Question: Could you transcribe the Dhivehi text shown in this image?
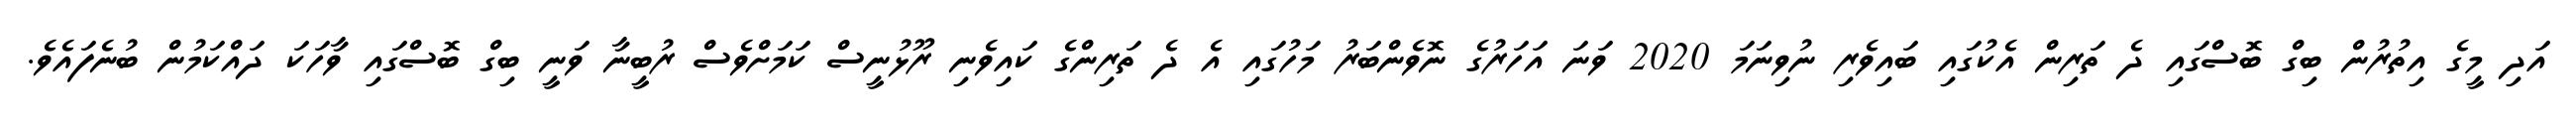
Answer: އަދި މީގެ އިތުރުން ބިގް ބޮސްގައި ދެ ތަރިން އެކުގައި ބައިވެރި ނުވިނަމަ 2020 ވަނަ އަހަރުގެ ނޮވެންބަރު މަހުގައި އެ ދެ ތަރިންގެ ކައިވެނި ރޫޅުނީސް ކަމަށްވެސް ރުބީނާ ވަނީ ބިގް ބޮސްގައި ވާހަކަ ދައްކަމުން ބުނެފައެވެ.